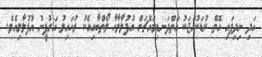
އަދި ނިދިފައި އޮތް ކުޑަކުއްޖަކު އަތްދަނޑިމައްޗަށް އުފުލާލާހާ ލޯތްބާއިއެކު ރުހައިލު އަރުފީނު އުފުލާލިއެވެ.